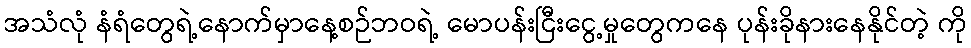
အသံလုံ နံရံတွေရဲ့နောက်မှာနေ့စဉ်ဘဝရဲ့ မောပန်းငြီးငွေ့မှုတွေကနေ ပုန်းခိုနားနေနိုင်တဲ့ ကို